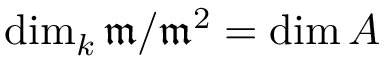
\dim _ { k } { \mathfrak { m } } / { \mathfrak { m } } ^ { 2 } = \dim A